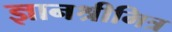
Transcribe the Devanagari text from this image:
ज्ञानश्रीमित्र